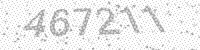
Solution: 467211